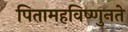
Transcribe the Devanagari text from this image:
पितामहविष्णुनते